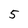
Character: 5